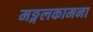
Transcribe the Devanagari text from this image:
मङ्गलकामना